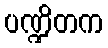
ပဏ္ဍိတက